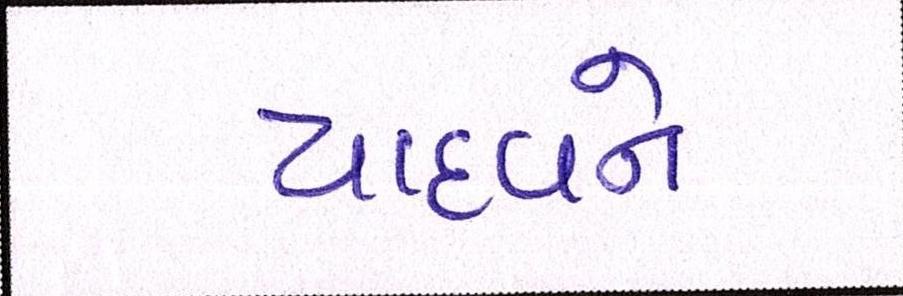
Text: યાદવને